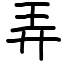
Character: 弄